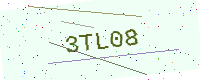
Text: 3TL08